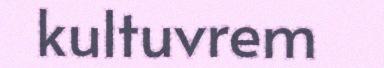
kultuvrem